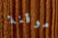
موقنة